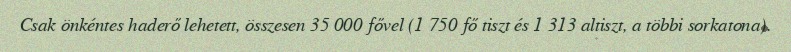
Csak önkéntes haderő lehetett, összesen 35 000 fővel (1 750 fő tiszt és 1 313 altiszt, a többi sorkatona).